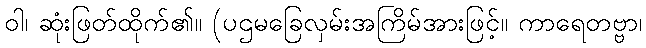
ဝါ၊ ဆုံးဖြတ်ထိုက်၏။ (ပဌမခြေလှမ်းအကြိမ်အားဖြင့်။ ကာရေတဗ္ဗာ၊